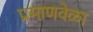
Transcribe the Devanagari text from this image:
प्रमाणवेळा